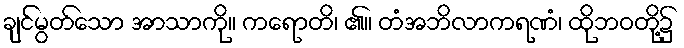
ချင်မွတ်သော အာသာကို။ ကရောတိ၊ ၏။ တံအဘိလာကရဏံ၊ ထိုဘဝတို့၌